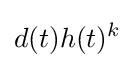
d(t)h(t)^{k}